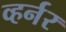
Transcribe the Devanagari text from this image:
व्हर्नर